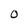
Character: 0